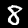
Digit: 8